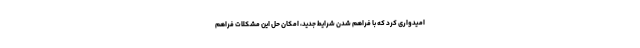
امیدواری کرد که با فراهم شدن شرایط جدید، امکان حل این مشکلات فراهم